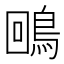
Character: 𪀟